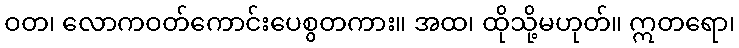
ဝတ၊ လောကဝတ်ကောင်းပေစွတကား။ အထ၊ ထိုသို့မဟုတ်။ ဣတရော၊